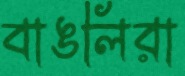
বাঙলিরা